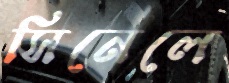
সিনেলে